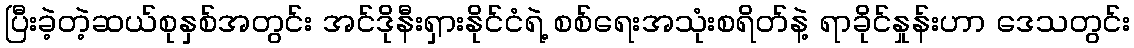
ပြီးခဲ့တဲ့ဆယ်စုနှစ်အတွင်း အင်ဒိုနီးရှားနိုင်ငံရဲ့ စစ်ရေးအသုံးစရိတ်နဲ့ ရာခိုင်နှုန်းဟာ ဒေသတွင်း